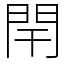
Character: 閈